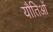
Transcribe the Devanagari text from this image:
यौतिओं